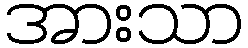
အားသာ